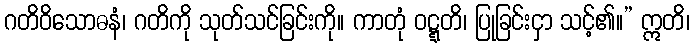
ဂတိဝိသောဓနံ၊ ဂတိကို သုတ်သင်ခြင်းကို။ ကာတုံ ဝဋ္ဋတိ၊ ပြုခြင်းငှာ သင့်၏။” ဣတိ၊